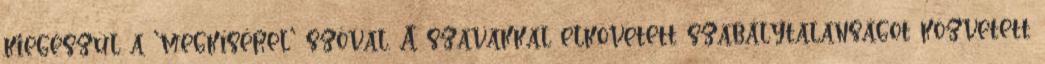
kiegészül a 'megkísérel' szóval. A szavakkal elkövetett szabálytalanságot közvetett